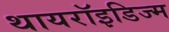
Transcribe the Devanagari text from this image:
थायरॉइडिज्म